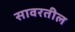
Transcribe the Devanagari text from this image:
सावरतील